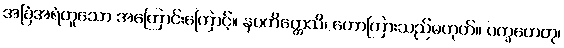
အခြံအရံဟူသော အကြောင်းကြောင့်။ နပကိတ္တေသိ၊ ဟောကြားသည်မဟုတ်။ ပက္ခဟေတု၊